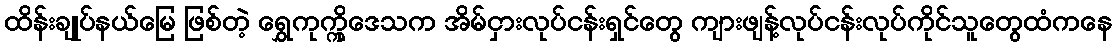
ထိန်းချုပ်နယ်မြေ ဖြစ်တဲ့ ရွှေကုက္ကိုဒေသက အိမ်ငှားလုပ်ငန်းရှင်တွေ ကျားဖျန့်လုပ်ငန်းလုပ်ကိုင်သူတွေထံကနေ